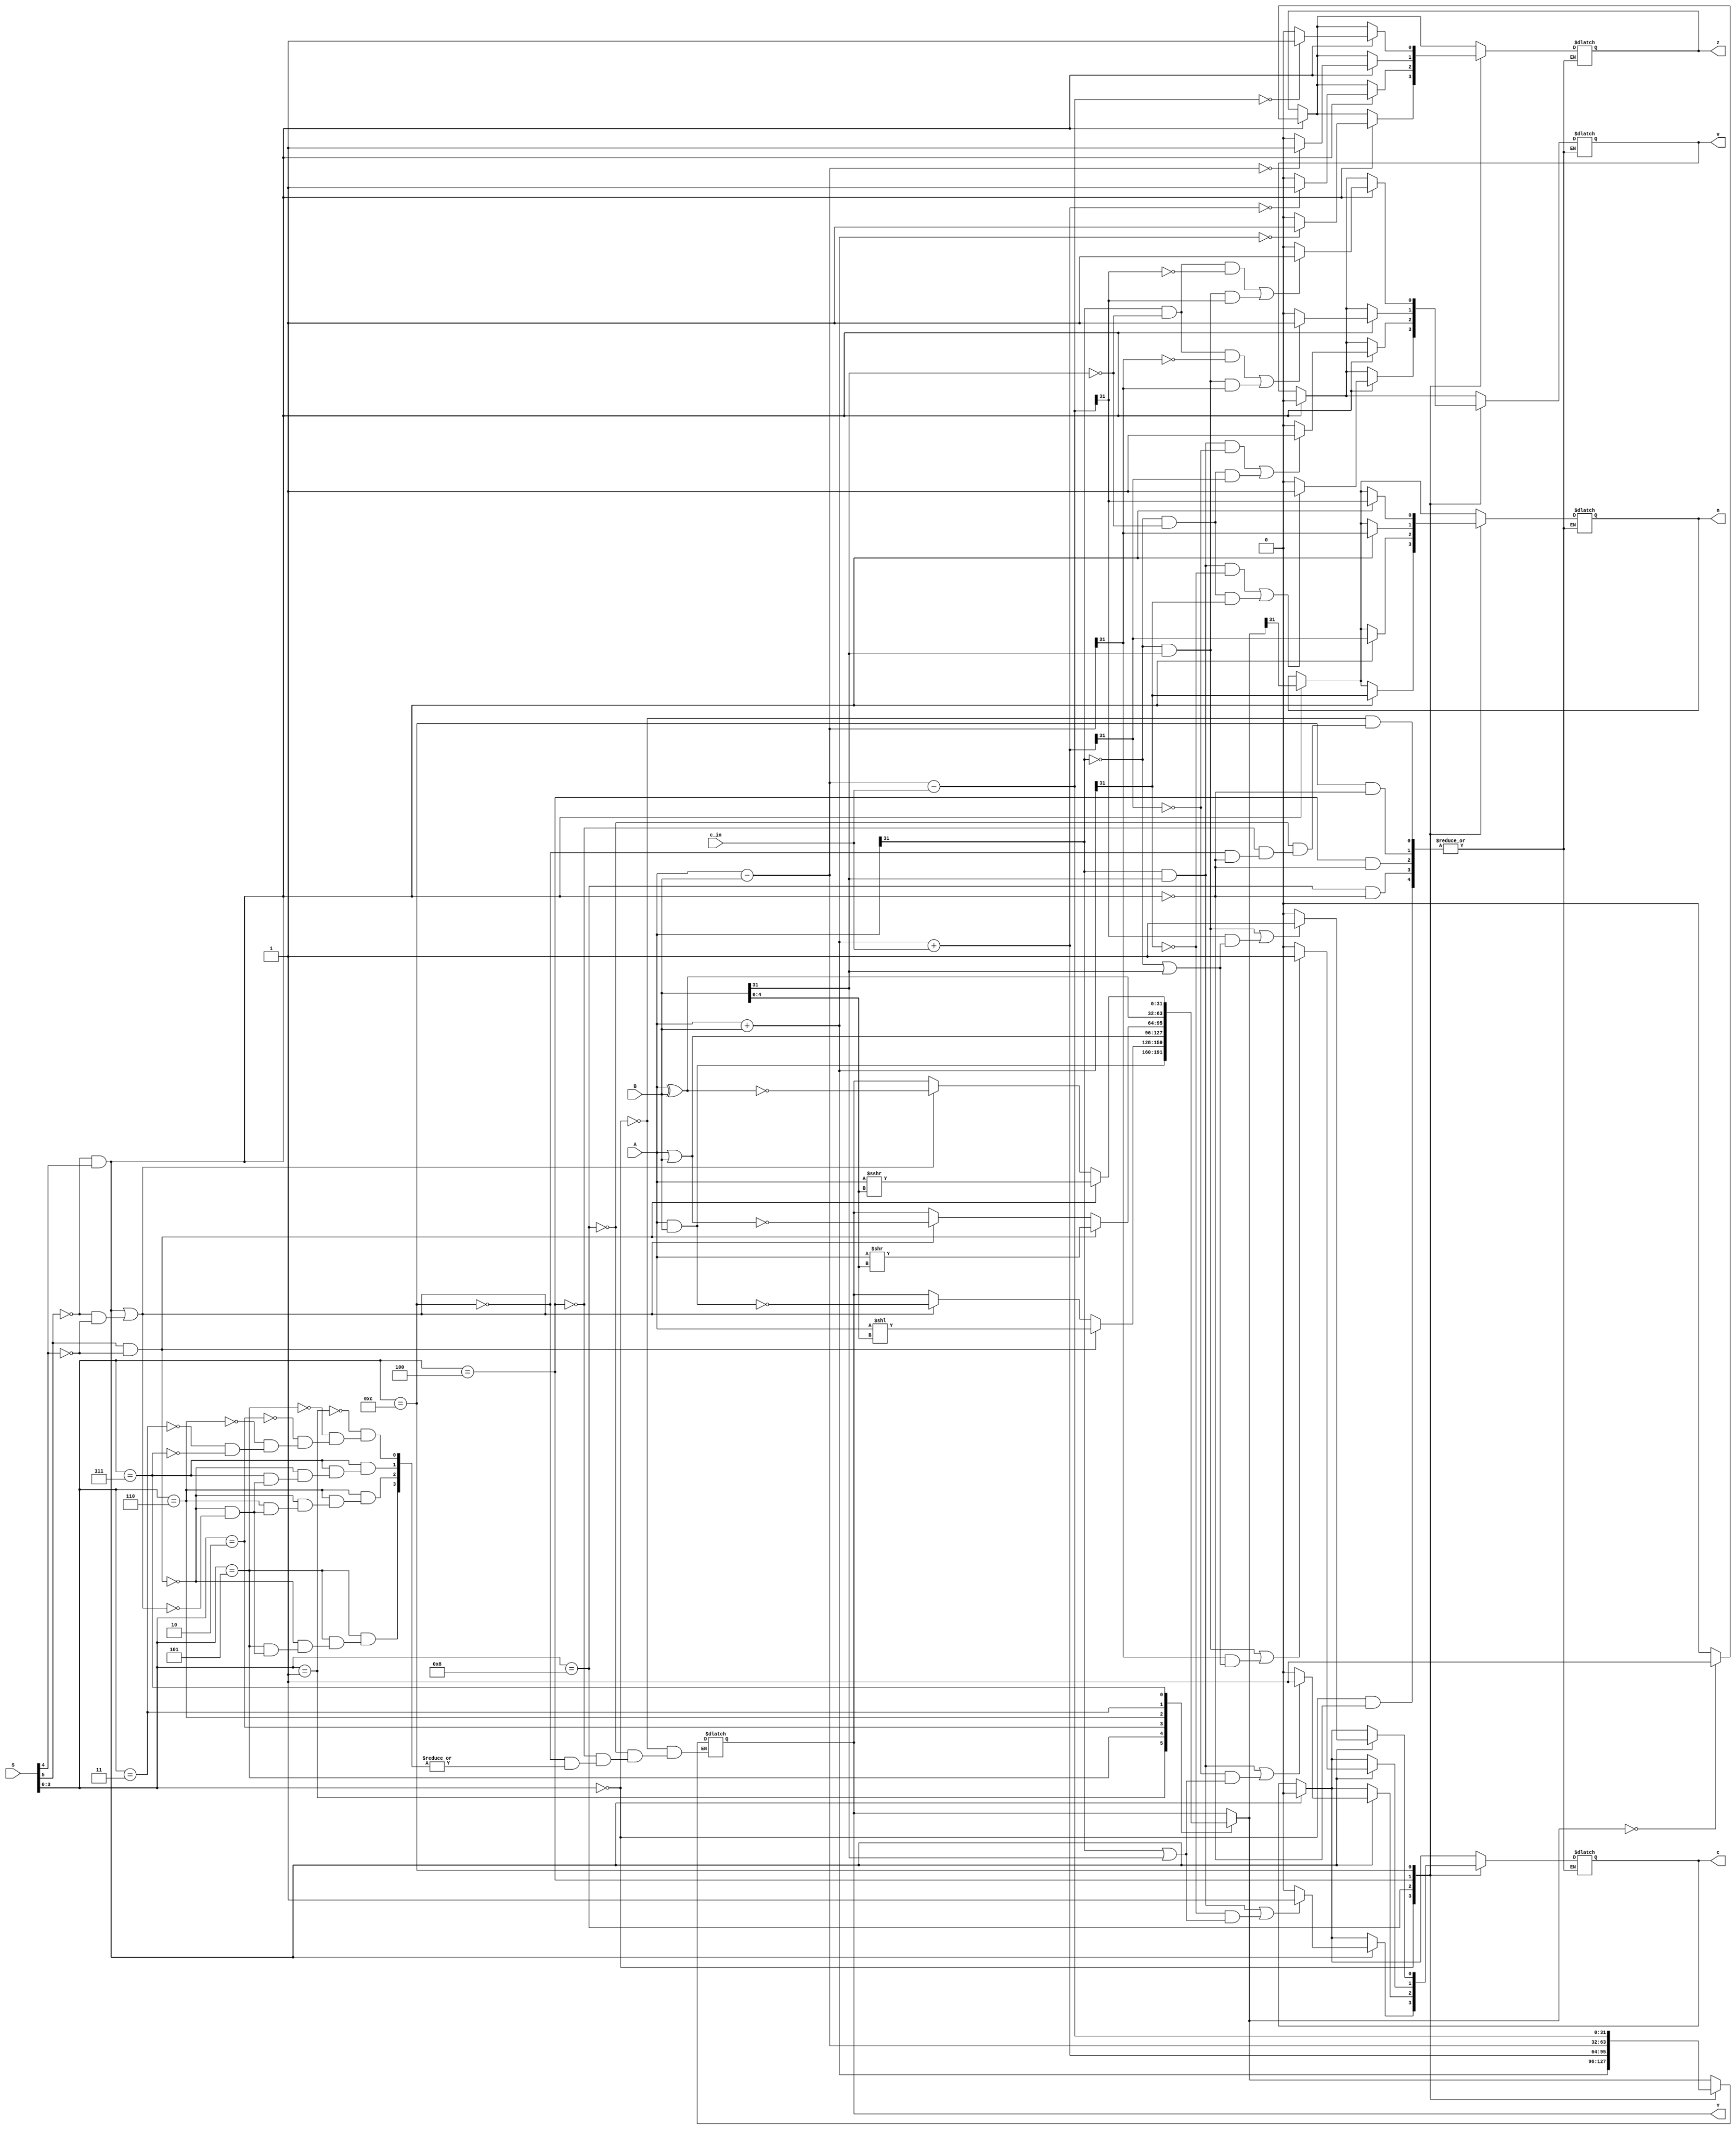
module arithmetic_logic_unit (output reg [31:0] Y, output reg n, z, v, c, 
input [31:0] A, B, input [5:0] S, input c_in);

always @ (S, A, B, c_in)
	begin
		//LOGIC
		case({S[3], S[2], S[1], S[0]})
			//AND, ANDcc
			4'b0001: Y = A & B;

			//ANDN, ANDNcc
			4'b0101:
			begin
				// Shift Logical Left
				if(S[5] && !S[4])
					begin
						Y = A << B[4:0];
					end
				else if((!S[5] && S[4]) || (!S[5] && !S[4])) Y = ~(A & B);
			end
		
			//OR, ORcc
			4'b0010: Y = A | B;
		
			//ORN, ORNcc
			4'b0110:
			begin
				//SHIFT RIGHT LOGICAL
				if(S[5] && !S[4])
					begin
						Y = A >> B[4:0];
					end
				else if((!S[5] && S[4]) || (!S[5] && !S[4])) Y = ~(A | B);
			end

			//XOR, XORcc
			4'b0011: Y = A ^ B;
		
			//XORN, XORNcc
			4'b0111: 
			begin
				//SHIFT RIGHT ARITHMETICAL
				if(S[5] && !S[4])
					begin
						Y = $signed(A) >>> B[4:0];
					end
				else if((!S[5] && S[4]) || (!S[5] && !S[4])) Y = ~(A ^ B);
			end
		endcase
	
		if(!S[5] && S[4])
			begin
				n <= Y[31];
				if(Y == 32'b00000000000000000000000000000000) z <= 1'b1;
				else z <= 1'b0;
				v <= 1'b0;
				c <= 1'b0;
			end
		
		// ARITHMETIC
		case({S[3],S[2],S[1],S[0]})
	
			// ADD, ADDcc
			4'b0000: 
			begin
				Y = A + B;
				if(!S[5] && S[4])
					begin
						if((A[31] && B[31] && !Y[31])||(!A[31] && !B[31] && Y[31])) v <= 1'b1;
						else v <= 1'b0;
					
						if(Y == 32'b00000000000000000000000000000000) z <= 1'b1;
						else z <= 1'b0;
					
						n <= Y[31];
					
						if((A[31] && B[31]) || (!Y[31] && (A[31] || B[31]))) c <= 1'b1;
						else c <= 1'b0;
					end
			end
		
			// ADDX, ADDXcc
			4'b1000: 
			begin
				Y = A + B + c_in;
				if(!S[5] && S[4])
					begin
						if((A[31] && B[31] && !Y[31])||(!A[31] && !B[31] && Y[31])) v <= 1'b1;
						else v <= 1'b0;
					
						if( Y == 32'b00000000000000000000000000000000) z <= 1'b1;
						else z <= 1'b0;
					
						n <= Y[31];
					
						if((A[31] && B[31]) || (!Y[31] && (A[31] || B[31]))) c <= 1'b1;
						else c <= 1'b0;
					end
			end
		
			// SUB, SUBcc
			4'b0100: 
			begin
				Y = A - B;
				if(!S[5] && S[4])
					begin
						// B[31] changes in comparison to the sum
						if((A[31] && !B[31] && !Y[31]) || (!A[31] && B[31] && Y[31])) v <= 1'b1;
						else v <= 1'b0;
					
						if( Y == 32'b00000000000000000000000000000000) z <= 1'b1;
						else z <= 1'b0;
					
						n <= Y[31];
					
						// A[31] and Y[31] changes in comparison to the sum
						if((!A[31] && B[31]) || (Y[31] && (!A[31] || B[31]))) c <= 1'b1;
						else c <= 1'b0;
					end
			end
		
			// SUBX, SUBXcc
			4'b1100: 
			begin
				Y = A - B - c_in;
				if(!S[5] && S[4])
					begin
						// B[31] changes in comparison to the sum
						if((A[31] && !B[31] && !Y[31]) || (!A[31] && B[31] && Y[31])) v <= 1'b1;
						else v <= 1'b0;
					
						if( Y == 32'b00000000000000000000000000000000) z <= 1'b1;
						else z <= 1'b0;
					
						n <= Y[31];
					
						// A[31] and Y[31] changes in comparison to the sum
						if((!A[31] && B[31]) || (Y[31] && (!A[31] || B[31]))) c <= 1'b1;
						else c <= 1'b0;
					end
			end		
		endcase
	end
endmodule